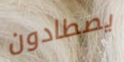
يصطادون